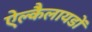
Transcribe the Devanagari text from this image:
ऐल्कैलायडों